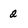
Character: 2